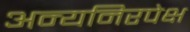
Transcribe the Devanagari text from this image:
अन्यनिरपेक्ष